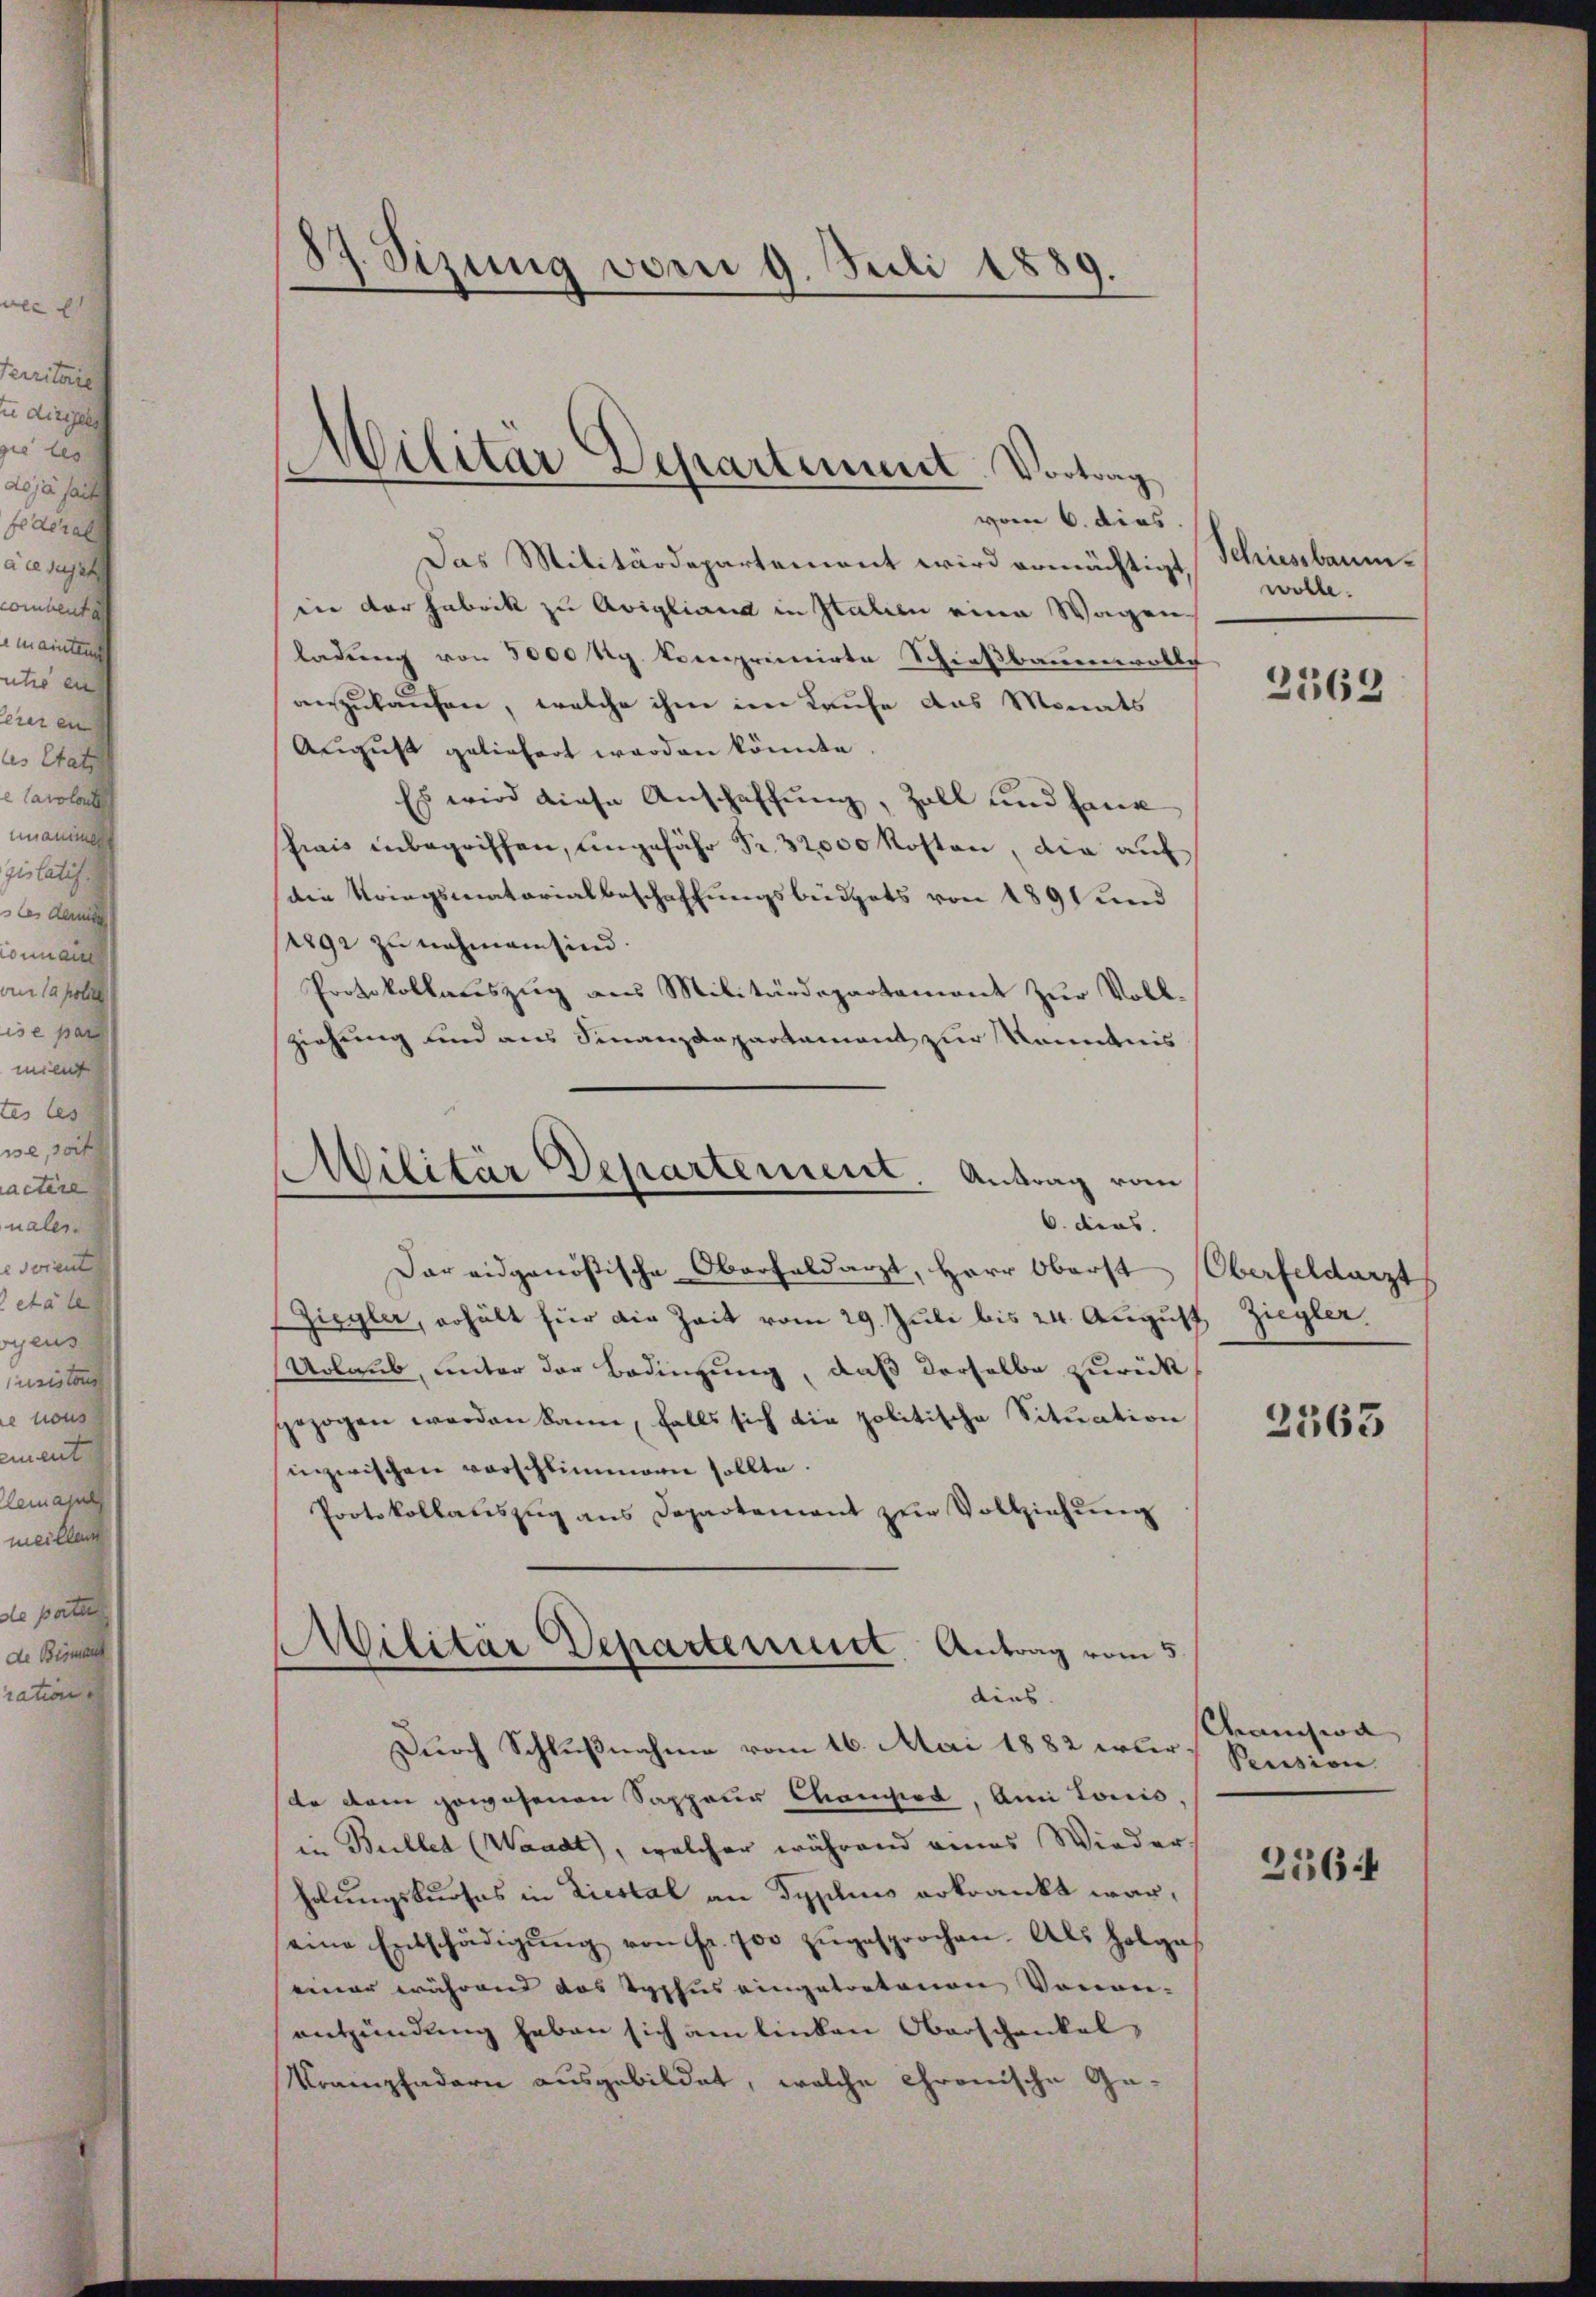
87. Sizung vom 9. Juli 1889.

vom 6. dies.
Das Militärdepartement wird ermächtigt,
iin der Fabrik zu Avigliana in Italien eine Wagen
ladŭng von 3000 Rg. komprimirte Schieβbauenwolle
anzukaufen, welche ihm im Laufe das Monats
August geliefert worden könnte.
Es wird diese Anschaffung, Zoll und haue
frais inbegriffen, ungefähr Fr. 32000 kosten, die auf
die Kriegsmatorialbeschaffungsbüdgets von 1891 und
rgi zu nehmen sind.
Protokollauszug aus Militärdepartement zur Vollziehung und aus Finanzdepartament zur Kenntnis
Militär Departement. Antrag vom
6. dies
Dar eidgenößische Oberhaldarzt, Herr Oberst
Zigyler, erhält für die Zeit vom 29. Juli bis 24. August
Urlaub, unter der Bedingung, daß derselbe zurück
gezogen werden kann, falls sich die politische Situation
inzwischen vorschlimmern sollte.
Protokollauszug aus Departement zur Vollziehung
Militar Departenuit. Antrag vom 5.

Militär Departement. Vortrag

dies

Durch Schlußnahme vom 16. Mai 1882 wurde dem gewesenen Sappeur Chamed. Ami tonis
in Bullet (Waadt, welcher während eines Wieder
holungskurses in Liestal an Syplins erkrankt war,
eine Entschädigŭng von fr. 700 zŭgesprochen. Als Holgas
einer während das Typhus eingetretenen Vonen-
entzündung haben sich am linken Oberschenkel,
Krampfadern ausgebildet, welche chronische Ge¬

Schiessbaum.
wolle.

2563

Oberfeldarzt
Ziegler.

2563

Chanision
Pession.

2564